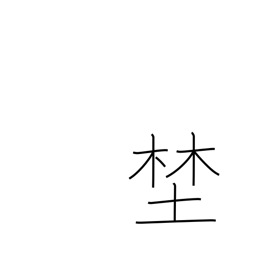
Meaning: wilderness